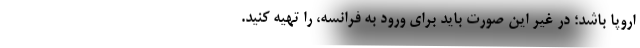
اروپا باشد؛ در غیر این صورت باید برای ورود به فرانسه، را تهیه کنید.